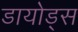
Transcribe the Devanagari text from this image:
डायोड्स